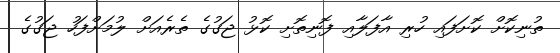
ތުނިކޮށް ކޮށަފައި ހުރި އާފަލާއި ފޮނިތޮށި ކޮޅު ޖަގުގެ ތެރެއަށް ލުމަށްފަހު ޖަގުގެ